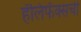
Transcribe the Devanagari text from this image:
हॅलिफॅक्सची